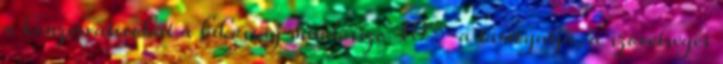
a konzervatívokat a lakosság mindössze 40%-a támogatja, a szövetséges